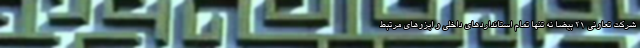
شرکت تعاونی 21 بیضا نه تنها تمام استانداردهای داخلی و ایزوهای مرتبط